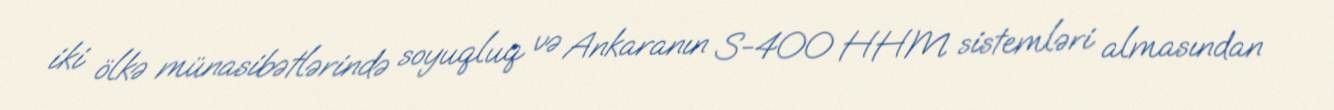
iki ölkə münasibətlərində soyuqluq və Ankaranın S-400 HHM sistemləri almasından